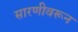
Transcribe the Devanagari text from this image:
सारणीवरून